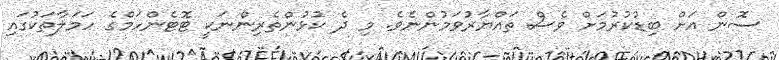
ސޮން އަށް ބިޑުކުރުމަށް ވެސް ތައްޔާރުވަމުންނެވެ. މި ދެ ކުޅުންތެރިންނަކީ ޓޮޓެންހަމްގެ ހަމަލާތަކުގައި